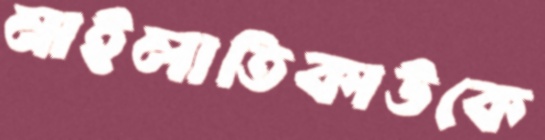
নাইলাতিকাউকে